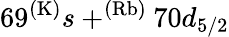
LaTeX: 69^{\mathrm{(K)}}s+^{(\mathrm{Rb)}}70d_{5/2}